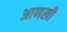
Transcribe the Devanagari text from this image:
अाणखी